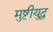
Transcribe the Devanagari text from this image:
मुष्टीयुद्ध